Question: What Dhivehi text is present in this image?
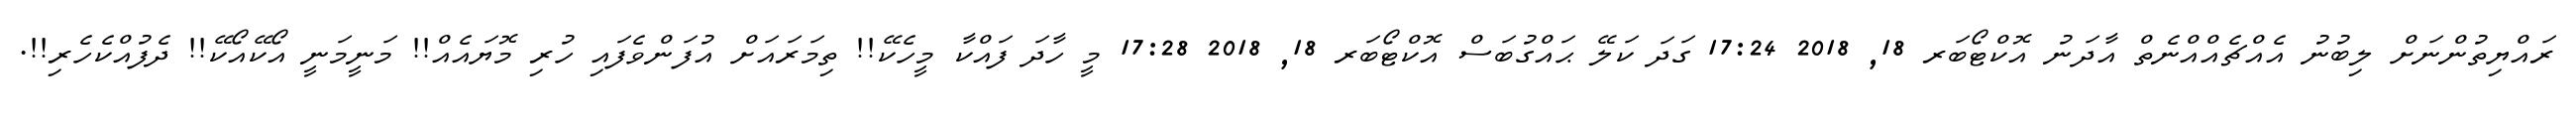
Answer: ރައްޔިތުންނަށް ލިބުނު އެއްޗެއްއްނެތް އާދަނު އޮކްޓޯބަރ 18, 2018 17:24 ގަދަ ކަލޭ ޙައްގުބަސް އޮކްޓޯބަރ 18, 2018 17:28 މީ ހާދަ ފައްކާ މީހެކޭ!! ތިމަރައަށް އުފަންވެފައި ހުރި މޮޔައެއް!! މަނީމަނީ އޯކޭއޯކޭ!! ދެފުއްކެހެރި!!.